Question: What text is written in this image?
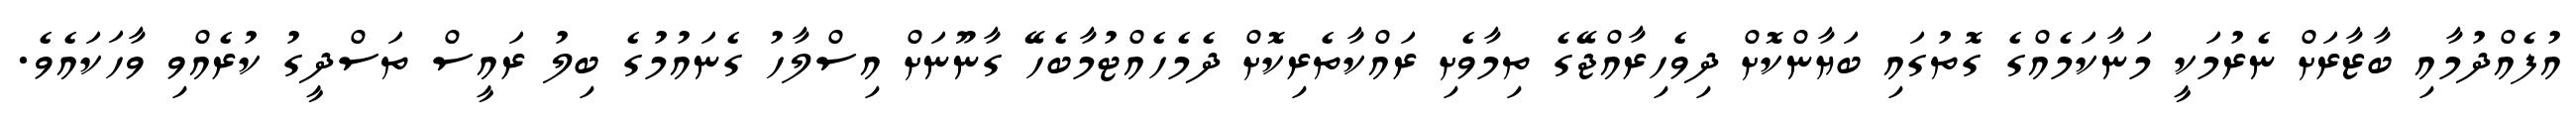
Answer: އުފެއްދުމާއި ބާޒާރަށް ނެރުމަކީ މަނާކަމެއްގެ ގޮތުގައި ބަޔާންކޮށް ދިވެހިރާއްޖޭގެ ތިމާވެށި ރައްކާތެރިކޮށް ދެމެހެއްޓުމާބެހޭ ގާނޫނަށް އިސްލާހު ގެނައުމުގެ ބިލު ރައީސް ތަސްދީގު ކުރެއްވި ވާހަކައެވެ.